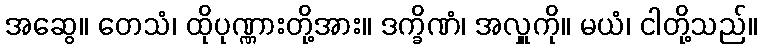
အဆွေ။ တေသံ၊ ထိုပုဏ္ဏားတို့အား။ ဒက္ခိဏံ၊ အလှူကို။ မယံ၊ ငါတို့သည်။